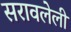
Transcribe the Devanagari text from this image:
सरावलेली